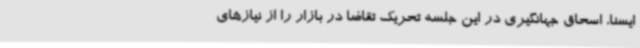
ایسنا، اسحاق جهانگیری در این جلسه تحریک تقاضا در بازار را از نیازهای